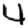
Digit: 4